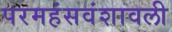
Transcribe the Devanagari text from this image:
परमहंसवंशावली